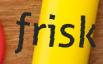
frisk